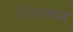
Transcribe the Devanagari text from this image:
उदियमान